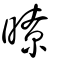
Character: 暸